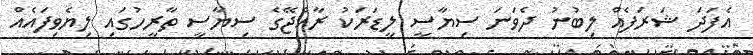
އެފަދަ ޝަރަފެއް ލިބުނު ދެވަނަ ސިޔާސީ ލީޑަރަކު ރާއްޖޭގެ ސިޔާސީ ތާރީހުގައި ލިޔެވިފައެއް